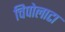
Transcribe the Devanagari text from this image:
चिपोलाटा